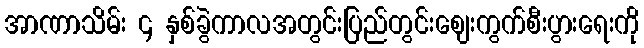
အာဏာသိမ်း ၄ နှစ်ခွဲကာလအတွင်းပြည်တွင်းဈေးကွက်စီးပွားရေးကို